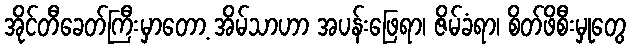
အိုင်တီခေတ်ကြီးမှာတော့ အိမ်သာဟာ အပန်းဖြေရာ၊ ဇိမ်ခံရာ၊ စိတ်ဖိစီးမှုတွေ